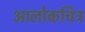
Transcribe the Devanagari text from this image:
आलोकचित्र